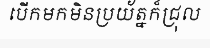
បើកមកមិនប្រយ័ត្នក៏ជ្រុល